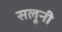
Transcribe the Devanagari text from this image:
सलूनी